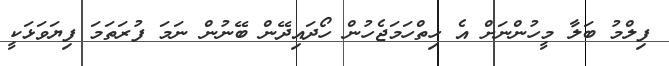
ފިލްމު ބަލާ މީހުންނަށް އެ ހިތްހަމަޖެހުން ހޯދައިދޭން ބޭނުން ނަމަ ފުރަތަމަ ފިޔަވަޅަކީ